Annual administration report of the Civil Veterinary Department of India - 1897-1898
Year: 1897
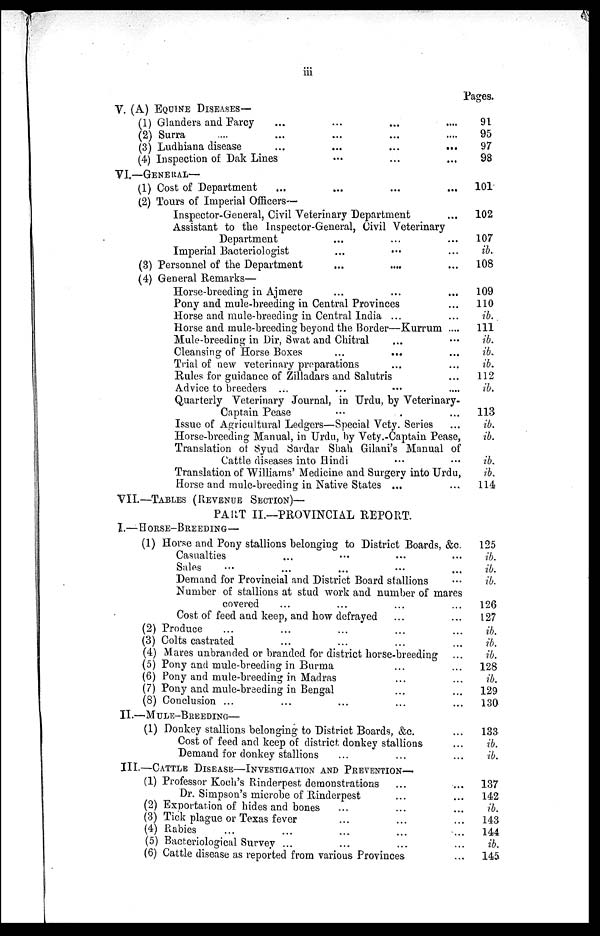
iii
V. (A) EQUINE DISEASE—
(1) Glanders and Farcy ... ... ... ...
(2) Surra ... ... ... ...
(3) Ludhiana disease ... ... ... ...
(4) Inspection of Dak Lines ... ... ...
VI.—-GENERAL—
(1) Cost of Department ... ... ... ...
(2) Tours of Imperial Officers—
Inspector-General, Civil Veterinary Department ...
Assistant to the Inspector-General, Civil Veterinary
Department ... ... ...
Imperial Bacteriologist ... ... ...
(3) Personnel of the Department ... ... ...
(4) General Remarks—
Horse-breeding in Ajmere ... ... ...
Pony and mule-breeding in Central Provinces ...
Horse and mule-breeding in Central India ... ...
Horse and mule-breeding beyond the Border—Kurrum ....
Mule-breeding in Dir, Swat and Chitral ... ...
Cleansing of Horse Boxes ... ... ...
Trial of new veterinary preparations ... ...
Rules for guidance of Zilladars and Salutris ...
Advice to breeders ... ... ... ...
Quarterly Veterinary Journal, in Urdu, by Veterinary-
Captain Pease ...
Issue of Agricultural Ledgers—Special Vety. Series ...
Horse-breeding Manual, in Urdu, by Vety.-Captain Pease,
Translation ot Syud Sardar Shah Gilani's Manual of
Cattle diseases into Hindi ... ...
Translation of Williams' Medicine and Surgery into Urdu,
Horse and mule-breeding in Native States ... ...
VII.—TABLES (REVENUE SECTION)—
PART II.—PROVINCIAL REPORT.
I.—HORSE-BREEDING—
(1) Horse and Pony stallions belonging to District Boards, &c.
Casualties ... ... ... ...
Sales ... ... ... ... ...
Demand for Provincial and District Board stallions ...
Number of stallions at stud work and number of mares
covered ... ... ... ...
Cost of feed and keep, and how defrayed ... ...
(2) Produce ... ... ... ... ...
(3) Colts castrated ... ... ... ...
(4) Mares unbranded or branded for district horse-breeding
(5) Pony and mule-breeding in Burma ... ...
(6) Pony and mule-breeding in Madras ... ...
(7) Pony and mule-breeding in Bengal ... ...
(8) Conclusion ... ... ... ... ...
II.—MULE-BREEDING—
(1) Donkey stallions belonging to District Boards, &c. ...
Cost of feed and keep of district donkey stallions. ...
Demand for donkey stallions ... ... ...
III.—CATTLE DISEASE—INVESTIGATION AND PREVETION—
(1) Professor Koch's Rinderpest demonstrations ... ...
Dr. Simpson's microbe of Rinderpest ... ...
(2) Exportation of hides and bones ... ... ...
(3) Tick plague or Texas fever ... ... ...
(4) Rabies ... ... ... ... ...
(5) Bacteriological Survey ... ... ... ...
(6) Cattle disease as reported from various Provinces ...
Pages.
91
95
97
98
101
102
107
ib.
108
109
110
ib.
111
ib.
ib.
ib.
112
ib.
113
ib.
ib.
ib.
ib.
114
125
ib.
ib.
ib.
126
127
ib.
ib.
ib.
128
ib.
129
130
133
ib.
ib.
137
142
ib.
143
144
ib.
145